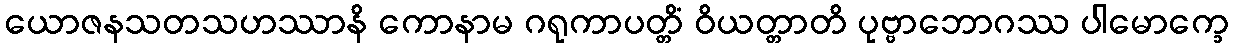
ယောဇနသတသဟဿာနိ ကောနာမ ဂရုကာပတ္တိံ ဝိယတ္တာတိ ပုဗ္ဗာဘောဂဿ ပါမောက္ခေ